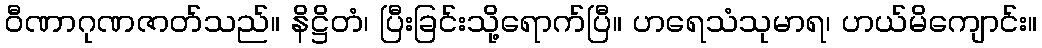
ဝီဏာဂုဏဇာတ်သည်။ နိဋ္ဌိတံ၊ ပြီးခြင်းသို့ရောက်ပြီ။ ဟရေသံသုမာရ၊ ဟယ်မိကျောင်း။